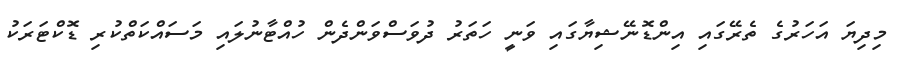
މިދިޔަ އަހަރުގެ ތެރޭގައި އިންޑޮނޭޝިޔާގައި ވަނީ ހަތަރު ދުވަސްވަންދެން ހުއްޓާނުލައި މަސައްކަތްކުރި ޑޮކްޓަރަކު